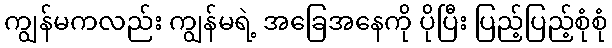
ကျွန်မကလည်း ကျွန်မရဲ့ အခြေအနေကို ပိုပြီး ပြည့်ပြည့်စုံစုံ